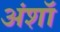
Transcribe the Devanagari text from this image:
अंशॉ